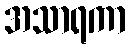
အသာရကာ